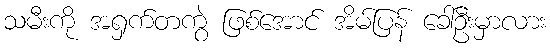
သမီးကို အရှက်တကွဲ ဖြစ်အောင် အိမ်ပြန် ခေါ်ဦးမှာလား